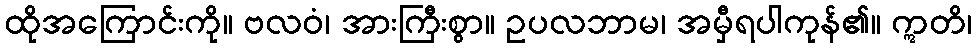
ထိုအကြောင်းကို။ ဗလဝံ၊ အားကြီးစွာ။ ဥပလဘာမ၊ အမှီရပါကုန်၏။ ဣတိ၊